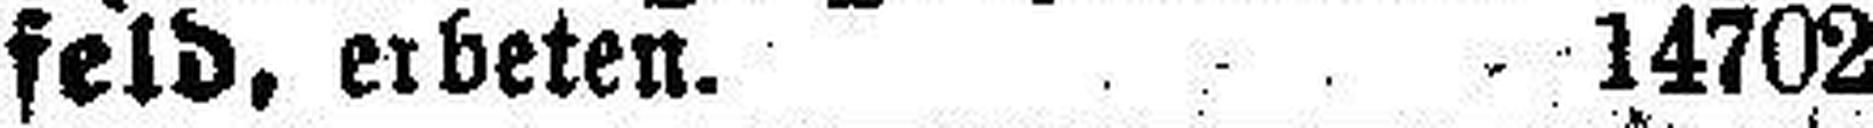
feld, erbeten. 14702